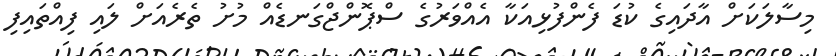
މިސާލަކަށް އާދައިގެ ކުޑަ ފެންފުޅިއަކާ އެއްވަރުގެ ސްޕޮންޖްގަނޑެއް މުށު ތެރެއަށް ލައި ފިއްތައިފި